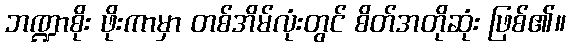
ဘဏ္ဍာစိုး ဖိုးကာမှာ တစ်အိမ်လုံးတွင် စိတ်အတိုဆုံး ဖြစ်၏။